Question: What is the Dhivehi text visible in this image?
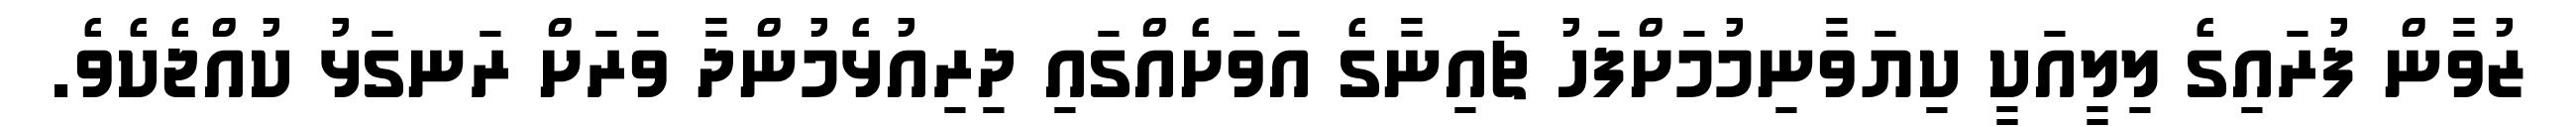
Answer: ޒުވާން ފުރައިގެ ލިލީއަކީ ކިޔަވާނިމުމަށްފަހު ޗައިނާގެ އަވަށެއްގައި ދިރިއުޅެމުންދާ ވަރަށް ރަނގަޅު ކުއްޖެކެވެ.